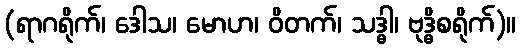
(ရာဂရိုက်၊ ဒေါသ၊ မောဟ၊ ဝိတက်၊ သဒ္ဓါ၊ ဗုဒ္ဓိစရိုက်)။